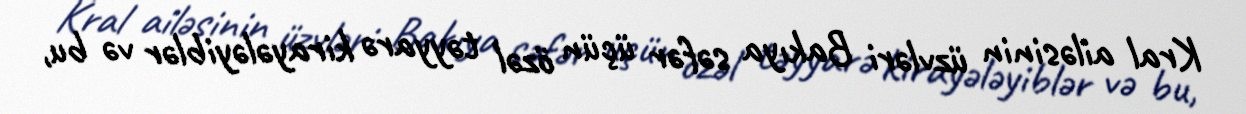
Kral ailəsinin üzvləri Bakıya səfər üçün özəl təyyarə kirayələyiblər və bu,